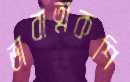
ভাবাত্মকশি